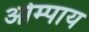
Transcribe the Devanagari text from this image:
ओम्पाय